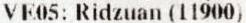
VE05: RIDZUAN (11900)